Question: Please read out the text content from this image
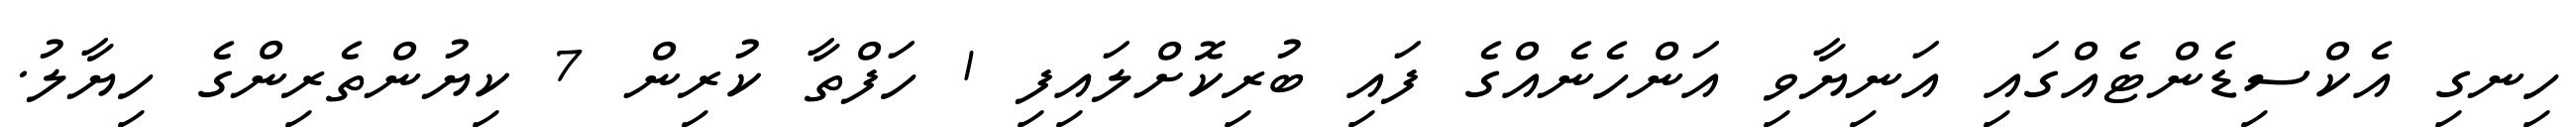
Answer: ހިނގި އެކްސިޑެންޓެއްގައި އަނިޔާވި އަންހެނެއްގެ ފައި ބުރިކޮށްލައިފި 1 ހަފްތާ ކުރިން 7 ކިޔުންތެރިންގެ ހިޔާލު.